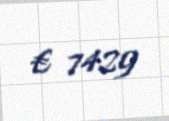
€ 7429